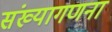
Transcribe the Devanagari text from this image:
संख्यागणना